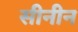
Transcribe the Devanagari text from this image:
सीनीन